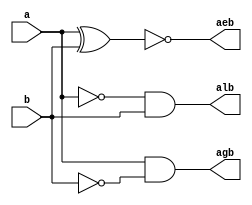
module bit1_comparator(input a,b,output alb,aeb,agb);
assign alb= (~a) & (b);
assign aeb= ~(a^b);
assign agb= (a) & (~b);
endmodule